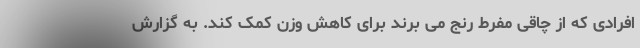
افرادی که از چاقی مفرط رنج می برند برای کاهش وزن کمک کند. به گزارش